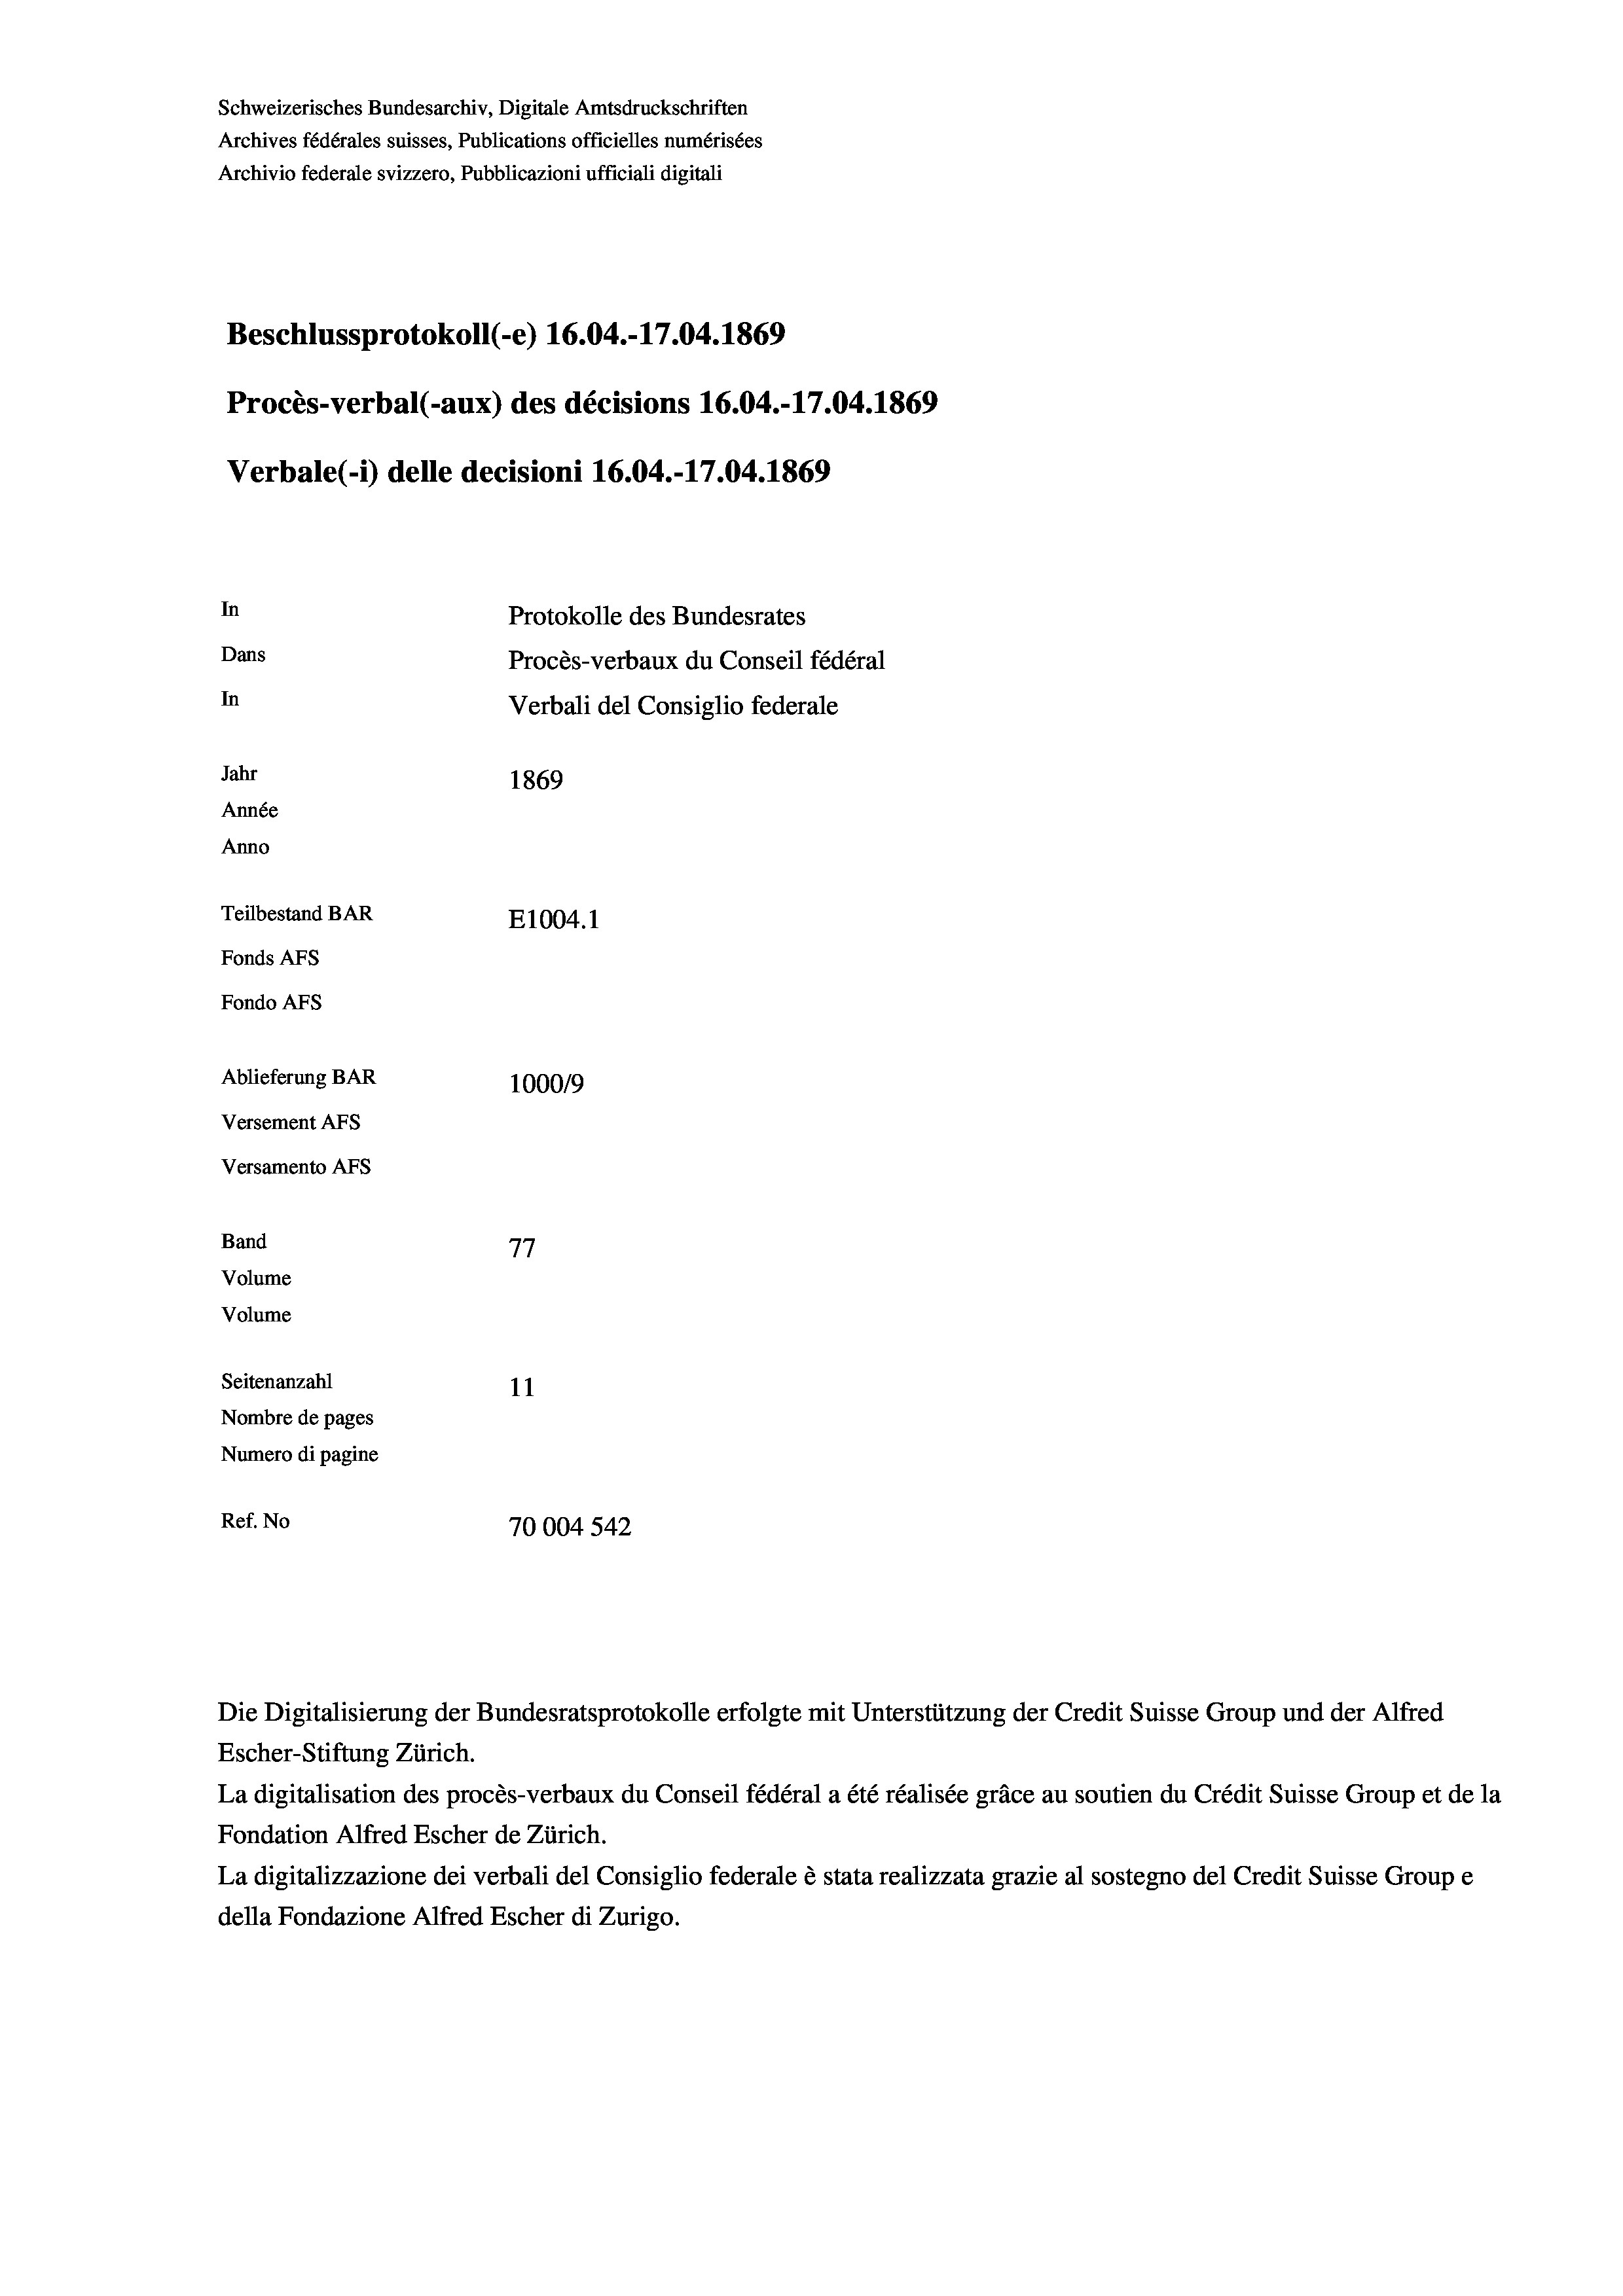
Schweizerisches Bundesarchiv, Digitale Amtsdruckschriften
Archives fédérales suisses, Publications officielles numérisées
Archivio federale svizzero, Pubblicazioni ufficiali digitali
Beschlussprotokoll (-e) 16.04.-17.04. 1869
Procès-verbal (-aux) des décisions 16.04.-17.04. 1869
Verbale (-*) delle decisioni 16.04.-17.04. 1869
In
Protokolle des Bundesrates
Dans
Procès-verbaux du Conseil fédéral
In
Verbali del Consiglio federale
Jahr
1869
Année
Anno
Teilbestand BAR
E1004. 1
Fonds Afs
Fondo AFs
Ablieferung BAR
100019
Versement AFS
Versamento AFS
Band
77
Volume
Volume
Seitenanzahl
11
Nombre de pages
Numero di pagine
Ref. No
70004 542

Escher-Stiftung Zürich.
La digitalisation des procès-verbaux du Conseil fédéral a été réalisée gräce au soutien du Crédit Suisse Group et de la
Fondation Alfred Escher de Zürich.
La digitalizzazione dei verbali del Consiglio federale è stata realizzata grazie al sostegno del Credit Suisse Groupe
della Fondazione Alfred Escher di Zurigo.

Die Digitalisierung der Bundesratsprotokolle erfolgte mit Unterstützung der Credit Suisse Group und der Alfred